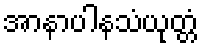
အာနာပါနသံယုတ္တံ